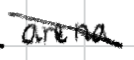
Text: arena
Cross-out: diagonal
Writing tool: digital_black